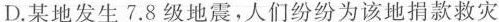
D.某地发生7.8级地震，人们纷纷为该地捐款救灾